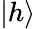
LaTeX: |h\rangle